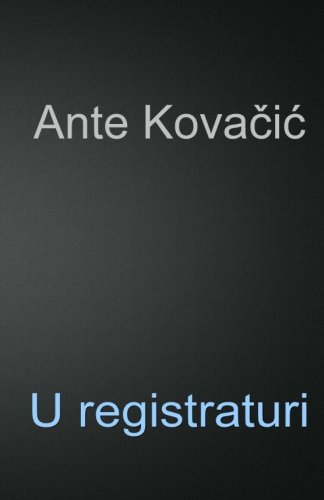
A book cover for U registraturi (Hrvatski klasici) (Croatian Edition); Ante Kovacic; Literature & Fiction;